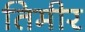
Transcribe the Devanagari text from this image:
तिमीर